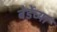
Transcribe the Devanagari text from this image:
बेर्डेच्या